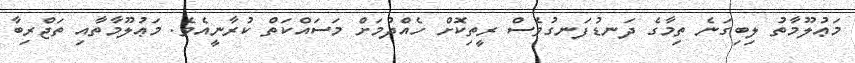
މަޢުލޫމާތު ލިބިގަނެ ތިމާގެ ދަނޑުފަނގުވެސް ރީތިކޮށް ހެއްދުމަށް މަސައްކަތް ކުރާނީއެވެ. މަޢުލޫމާތާއި ތަޖްރިބާ